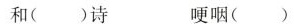
和（）诗 梗咽（ ）